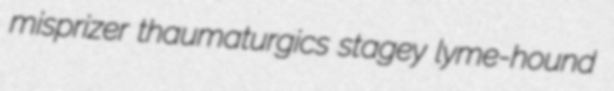
misprizer thaumaturgics stagey lyme-hound